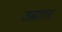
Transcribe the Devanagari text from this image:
उग्रतर